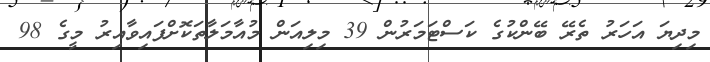
މިދިޔަ އަހަރު ތެރޭ ބޭންކުގެ ކަސްޓަމަރުން 39 މިލިއަން މުއާމަލާތަކޮށްފައިވާއިރު މީގެ 98